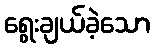
ရွေးချယ်ခဲ့သော